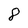
Character: 8